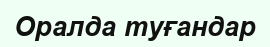
Оралда туғандар